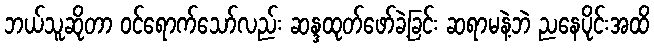
ဘယ်သူဆိုတာ ဝင်ရောက်သော်လည်း ဆန္ဒထုတ်ဖော်ခဲ့ခြင်း ဆရာမနဲ့ဘဲ ညနေပိုင်းအထိ